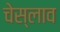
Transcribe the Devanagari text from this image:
चेस्लाव